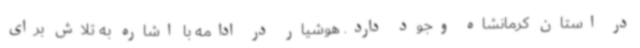
در استان کرمانشاه وجود دارد. هوشیار در ادامه با اشاره به تلاش برای